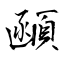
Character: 顄